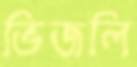
ভিজলি